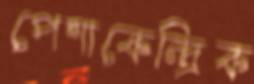
পেশাকেন্দ্রিক